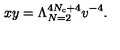
x y = \Lambda _ { N = 2 } ^ { 4 N _ { c } + 4 } v ^ { - 4 } .